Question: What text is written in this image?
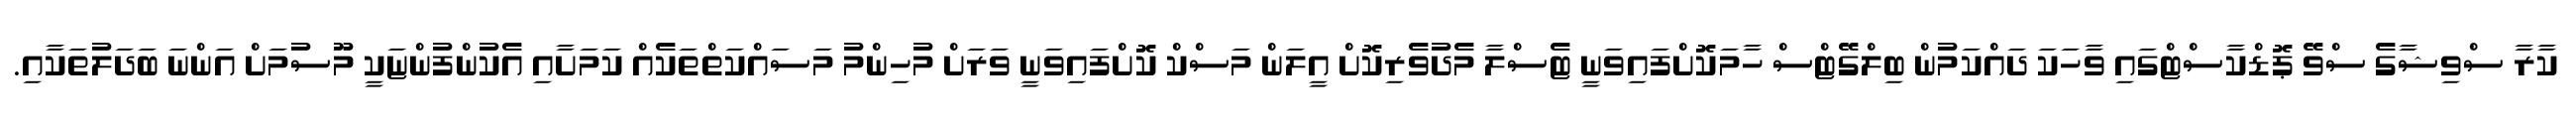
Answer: ކާރާ ސްވިޝާގެ ސްވޭ ޕޮޑްކާސްޓްގައި ވާހަކަ ދައްކަމުން ބިލްގޭޓްސް ހާމަކޮށްފައިވަނީ ޓެސްލާ މެދުވެރިކޮށް އީލަން މަސްކް ކޮށްފައިވަނީ ވަރަށް މުހިންމު މަސައްކަތްތަކެއް ކަމަށާއި އެކުންފުންޏަކީ މޫސުމަށް އަންނަ ބަދަލުތަކާއި.